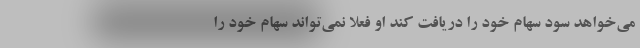
می‌خواهد سود سهام خود را دریافت کند او فعلاً نمی‌تواند سهام خود را